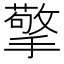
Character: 擎